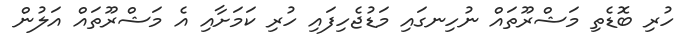
ހުރި ބޮޑެތި މަޝްރޫތައް ނުހިނގައި މަޑުޖެހިފައި ހުރި ކަމަށާއި އެ މަޝްރޫތައް އަލުން